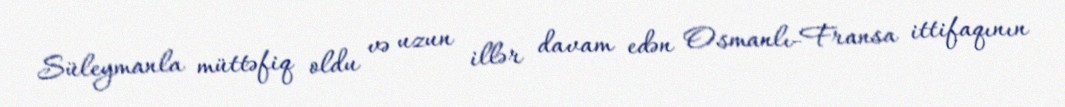
Süleymanla müttəfiq oldu və uzun illər davam edən Osmanlı-Fransa ittifaqının